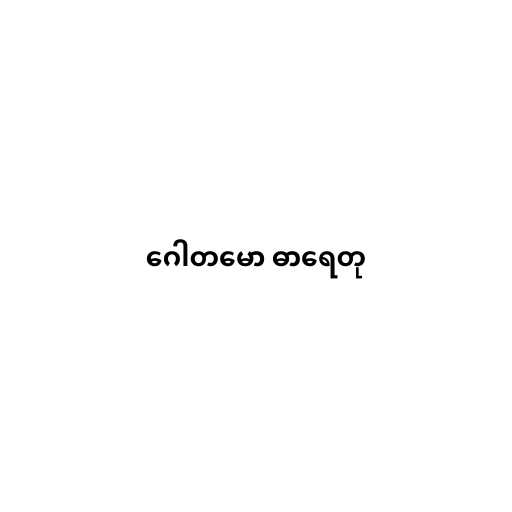
ဂေါတမော ဓာရေတု